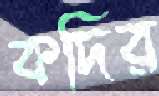
কদির